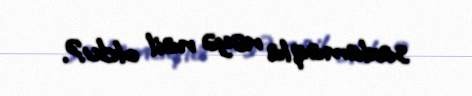
saxlamaqla nəyə nail oldu?.